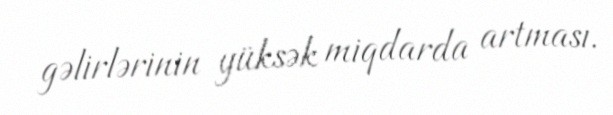
gəlirlərinin yüksək miqdarda artması.